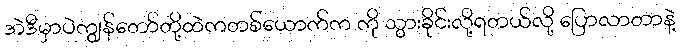
အဲဒီမှာပဲကျွန်တော်တို့ထဲကတစ်ယောက်က ကို သွားခိုင်းလို့ရတယ်လို့ ပြောလာတာနဲ့